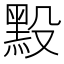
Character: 𪐮